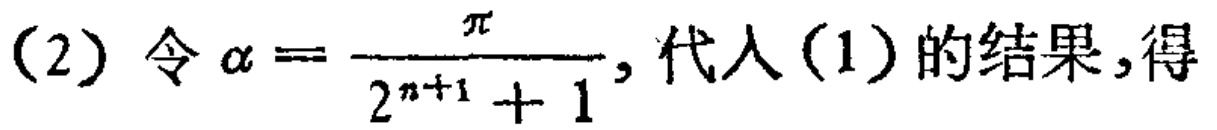
(2) 令\(\alpha = \frac{\pi}{2^{n + 1}+1}\), 代入(1)的结果,得